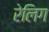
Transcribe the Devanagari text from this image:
रेलिग